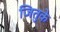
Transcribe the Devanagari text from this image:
जितुके